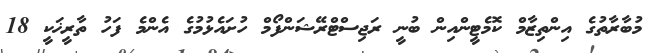
މުބާރާތުގެ އިންތިޒާމް ކޮމެޓީންއިން ބުނީ ރަޖިސްޓްރޭޝަންފޯމް ހުށައެޅުމުގެ އެންމެ ފަހު ތާރީޚަކީ 18